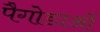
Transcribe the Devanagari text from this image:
पैगोडाओं